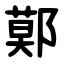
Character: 鄚